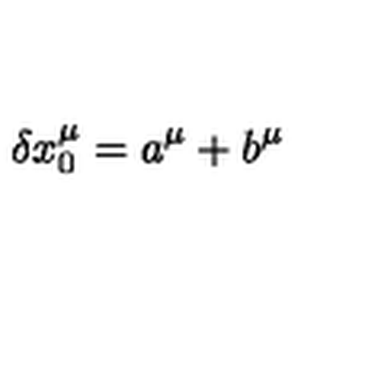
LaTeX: \delta x _ { 0 } ^ { \mu } = a ^ { \mu } + b ^ { \mu }